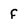
Character: f